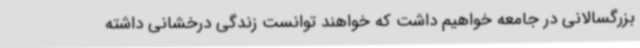
بزرگسالانی در جامعه خواهیم داشت که خواهند توانست زندگی درخشانی داشته